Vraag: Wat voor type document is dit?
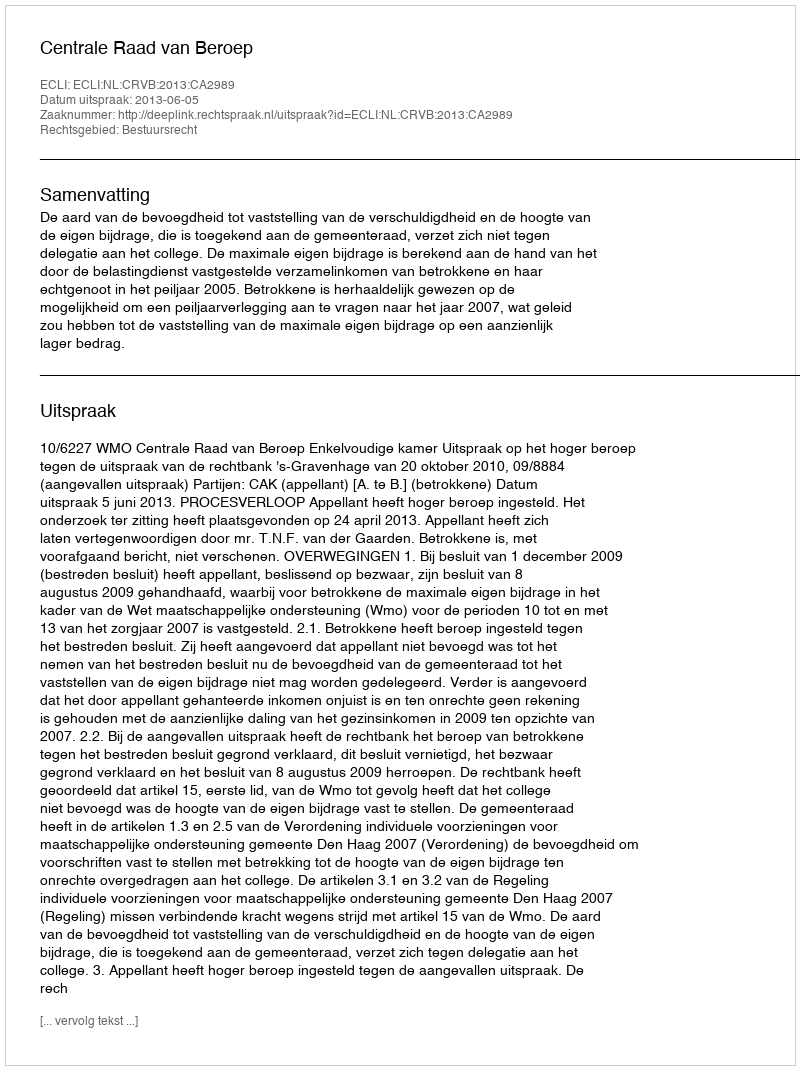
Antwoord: Uitspraak